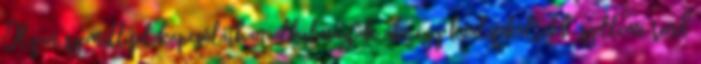
Olyan személlyel kapcsolatban alkalmazták, aki egy kvalifikáltabb szellemi rend